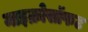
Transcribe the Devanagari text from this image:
माइक्रोसॉफट